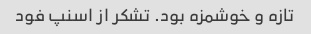
تازه و خوشمزه بود. تشکر از اسنپ فود